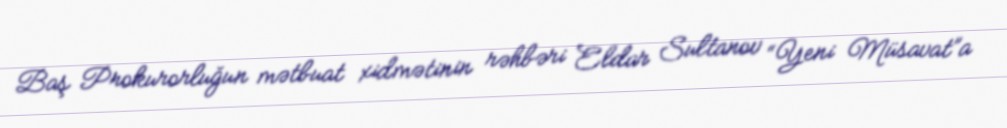
Baş Prokurorluğun mətbuat xidmətinin rəhbəri Eldar Sultanov “Yeni Müsavat”a